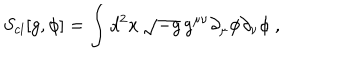
LaTeX: S _ { c l } [ g , \phi ] = \int d ^ { 2 } x \, \sqrt { - g } \, g ^ { \mu \nu } \partial _ { \mu } \phi \partial _ { \nu } \phi \ ,